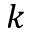
k